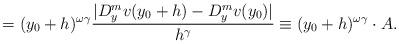
LaTeX: \begin{align*}=(y_{0}+h)^{\omega\gamma}\frac{|D_{y}^{m}v(y_{0}+h)-D_{y}^{m}v(y_{0})|}{h^{\gamma}}\equiv(y_{0}+h)^{\omega\gamma}\cdot A. \end{align*}